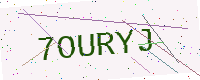
Text: 7OURYJ